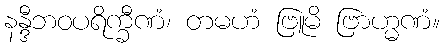
နန္ဒီဘဝပရိက္ခီဏံ၊ တမဟံ ဗြူမိ ဗြာဟ္မဏံ။